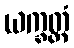
ယက္ခတ္တံ